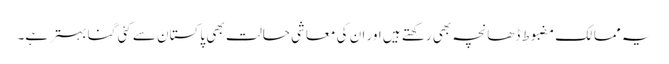
یہ ممالک مضبوط ڈھانچہ بھی رکھتے ہیں اور ان کی معاشی حالت بھی پاکستان سے کئی گنا بہتر ہے۔